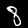
Label: 8